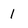
Character: 1